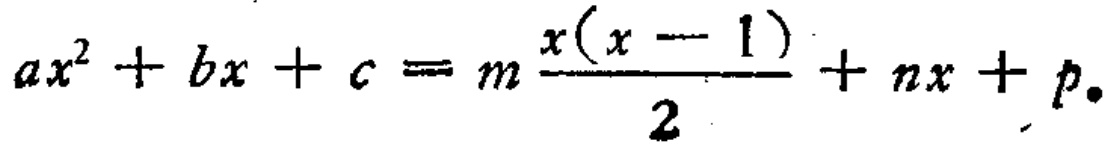
\(ax^{2}+bx + c = m\frac{x(x - 1)}{2}+nx + p\)